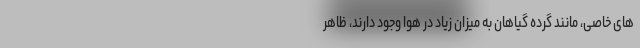
های خاصی، مانند گرده گیاهان به میزان زیاد در هوا وجود دارند، ظاهر